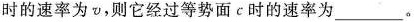
时的速率为v，则它经过等势面c时的速率为___.